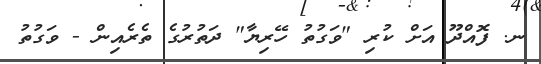
ނ. ފޮއްދޫ އަށް ކުރި "ވަގުތު ހޭރިޔާ" ދަތުރުގެ ތެރެއިން - ވަގުތު